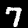
Label: 7